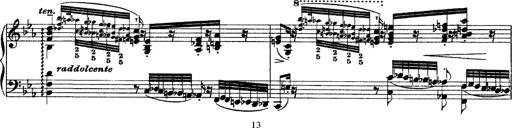
Title: Grandes Ã©tudes de Paganini
Composer: Franz Liszt